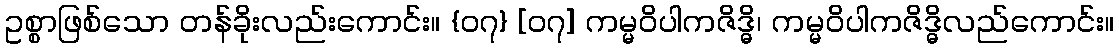
ဥစ္စာဖြစ်သော တန်ခိုးလည်းကောင်း။ {၀၇} [၀၇] ကမ္မဝိပါကဇိဒ္ဓိ၊ ကမ္မဝိပါကဇိဒ္ဓိလည်ကောင်း။